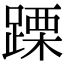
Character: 𨃙